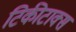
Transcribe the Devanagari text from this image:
टिकीटाक्स